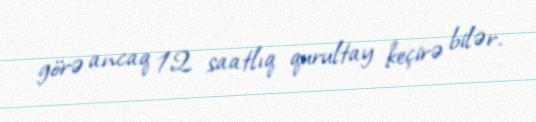
görə ancaq 12 saatlıq qurultay keçirə bilər.